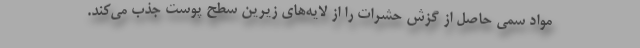
مواد سمی حاصل از گزش حشرات را از لایه‌های زیرین سطح پوست جذب می‌کند.